Report on vaccination in the Province of Bengal - 1874-1889
Year: 1874
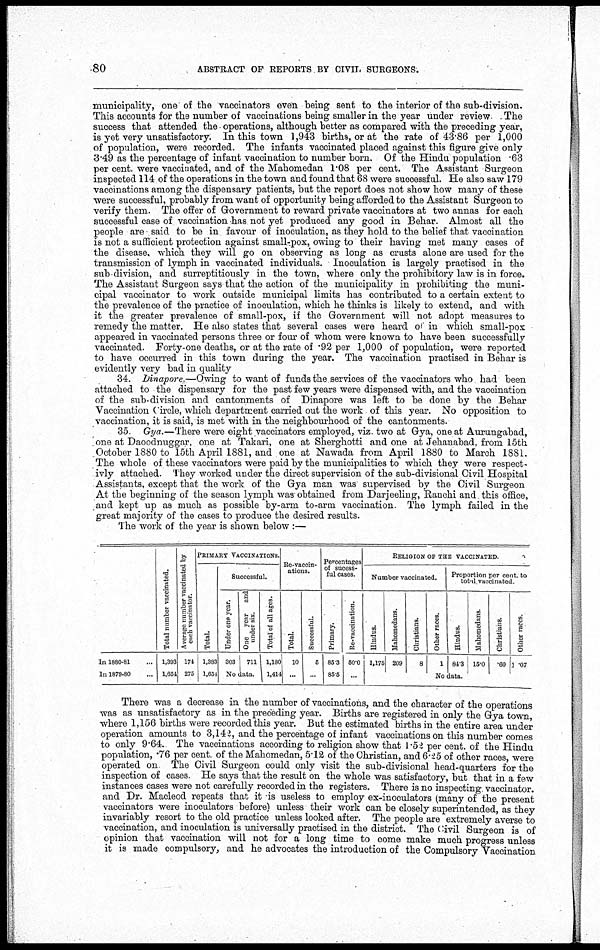
80
ABSTRACT OF REPORTS BY CIVIL SURGEONS.
municipality, one of the vaccinators even being sent to the interior of the sub-division.
This accounts for the number of vaccinations being smaller in the year under review. The
success that attended the operations, although better as compared with the preceding year,
is yet very unsatisfactory. In this town 1,943 births, or at the rate of 43.86 per 1,000
of population, were recorded. The infants vaccinated placed against this figure give only
3.49 as the percentage of infant vaccination to number born. Of the Hindu population .63
per cent. were vaccinated, and of the Mahomedan 1.08 per cent. The Assistant Surgeon
inspected 114 of the operations in the town and found that 68 were successful. He also saw 179
vaccinations among the dispensary patients, but the report does not show how many of these
were successful, probably from want of opportunity being afforded to the Assistant Surgeon to
verify them. The offer of Government to reward private vaccinators at two annas for each
successful case of. vaccination has not yet produced any good in Behar. Almost all the
people are said to be in favour of inoculation, as they hold to the belief that vaccination
is not a sufficient protection against small-pox, owing to their having met many cases of
the disease, which they will go on observing as long as crusts alone are used for the
transmission of lymph in vaccinated individuals. Inoculation is largely practised in the
sub-division, and surreptitiously in the town, where only the prohibitory law is in force.
The Assistant Surgeon says that the action of the municipality in prohibiting the muni-
cipal vaccinator to work outside municipal limits has contributed to a certain extent to
the prevalence of the practice of inoculation, which he thinks is likely to extend, and with
it the greater prevalence of small-pox, if the Government will not adopt measures to
remedy the matter. He also states that several cases were heard of in which small-pox
appeared in vaccinated persons three or four of whom were known to have been successfully
vaccinated. Forty-one deaths, or at the rate of .92 per 1,000 of population, were reported
to have occurred in this town during the year. The vaccination practised in Behar is
evidently very bad in quality
34. Dinapore.—Owing to want of funds the. services of the vaccinators who. had been
attached to the dispensary for the past few years were dispensed with, and the vaccination
of the sub-division and cantonments of Dinapore was left to be done by the Behar
Vaccination Circle, which department carried out the work of this year. No opposition to
vaccination, it is said, is met with in the neighbourhood of the cantonments.
35. Gya.—There were eight vaccinators employed, viz. two at Gya, one at Aurungabad,
one at Daoodnuggar, one at Takari, one at Sherghotti and one at Jehanabad, from 15th
October 1880 to 15th April 1881, and one at Nawada from April 1880 to March 1881.
The whole of these vaccinators were paid by the municipalities to which they were respect-
ivly attached. They worked under the direct supervision of the sub-divisional Civil Hospital
Assistants, except that the work of the Gya man was supervised by the Civil Surgeon
At the beginning of the season lymph was obtained from Darjeeling, Ranchi and. this office,
and kept up as much as possible by-arm to-arm vaccination. The lymph failed in the
great majority of the cases to produce the desired results.
The work of the year is shown below :—
In 1880-81...
In 1879-80...
Total number vaccinated.
1,393
1,654
Average number vaccinated by
each vaccinator.
174
275
PRIMARY VACCINATIONS.
Total.
1,383
1,654
Successful.
Under one year.
303
One year
and
under six.
711
No
data
Total of all ages.
1,180
1,414
Re-vaccin-
ations.
Total.
10
...
Successful.
5
...
Percentages
of sucess-
ful cases.
Primary.
85.3
85.5
Re-vaccination.
50.0
...
RELIGION OF THE VACCINATED.
Number vaccinated.
Hindus.
1,175
Mahomedans.
209
Christians.
8
Other races.
1
Proportion per cent. to
total vaccinated.
Hindus.
84.3
Mahomedans.
15.0
Christians.
.60
Other races.
.07
No data.
There was a decrease in the number of vaccinations, and the character of the operations
was as unsatisfactory as in the preceding year. Births are registered in only the Gya town,
where 1,156 births were recorded this year. But the estimated births in the entire area under
operation amounts to 3,142, and the percentage of infant vaccinations on this number comes
to only 9.64. The vaccinations according to religion show that 1.52 per cent. of the Hindu
population, .76 per cent. of the Mahomedan, 5.12 of the Christian, and 6.25 of other races, were
operated on. The Civil Surgeon could only visit the sub-divisional head-quarters for the
inspection of cases. He says that the result on the whole was satisfactory, but that in a few
instances cases were not carefully recorded in the registers. There is no inspecting vaccinator.
and Dr. Macleod repeats that it is useless to employ ex-inoculators (many of the present
vaccinators were inoculators before) unless their work can be closely superintended, as they
invariably resort to the old practice unless looked after. The people are extremely averse to
vaccination, and inoculation is universally practised in the district. The Civil Surgeon is of
opinion that vaccination will not for a long time to come make much progress unless
it is made compulsory, and he advocates the introduction of the Compulsory Vaccination